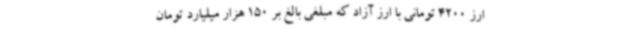
ارز 4200 تومانی با ارز آزاد که مبلغی بالغ بر 150 هزار میلیارد تومان